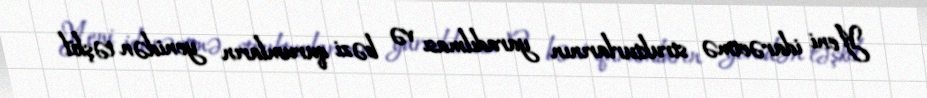
Yeni idarəetmə strukturlarının yaradılması və bəzi qurumların yenidən təşkil